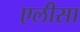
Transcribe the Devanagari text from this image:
एलीसा